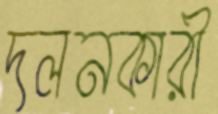
দলনকারী